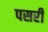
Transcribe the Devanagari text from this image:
पसरीं